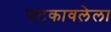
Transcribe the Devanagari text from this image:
पटकावलेला